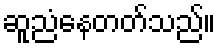
ဆူညံနေတတ်သည်။